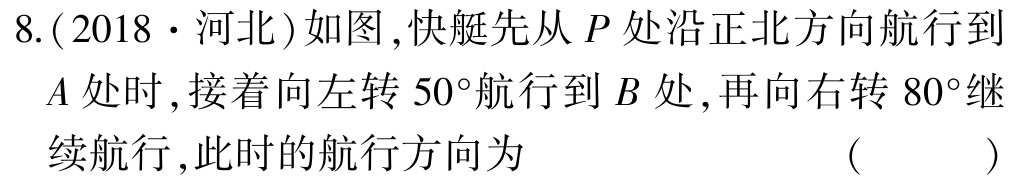
8.(2018·河北)如图,快艇先从\(P\)处沿正北方向航行到\(A\)处时,接着向左转\(50^{\circ}\)航行到\(B\)处,再向右转\(80^{\circ}\)继续航行,此时的航行方向为 （  ）